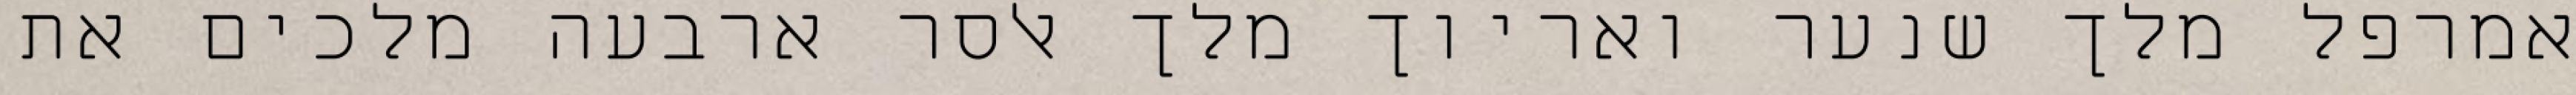
אמרפל מלך שנער ואריוך מלך אלסר ארבעה מלכים את